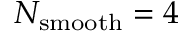
N _ { \mathrm { s m o o t h } } = 4